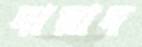
দায়াদ